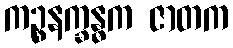
ကဉ္စနက္ခန္ဓက ဇာတက